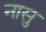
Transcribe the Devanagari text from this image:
नासु